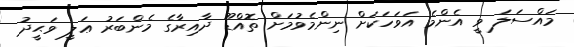
މައްސަލަ ވީ އެންމެ އަވަހަކަށް ނިންމެވުމަށް ތޮއްޑޫ ދާއިރާގެ މެންބަރު ޢަލީ ވަޙީދު